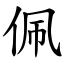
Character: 佩